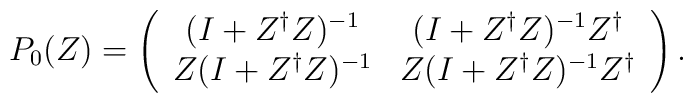
P_0(Z)= \left(   \begin{array}{cc}     (I+Z^{\dag}Z)^{-1} & (I+Z^{\dag}Z)^{-1} Z^{\dag} \\     Z(I+Z^{\dag}Z)^{-1} & Z(I+Z^{\dag}Z)^{-1} Z^{\dag} \\   \end{array} \right) .